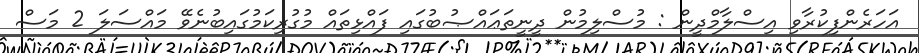
އަހަރެންފިކުރާވި އިސްލާމްދީން : މުސްލިމުން ދީނީތަޢައްޞުބުގައި ފައްޅިތައް މުގުރިކަމުގައިބުނެވޭ މައްސަލަ 2 މަސް